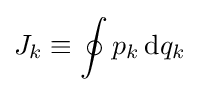
J_{k}\equiv \oint p_{k}\,\mathrm {d} q_{k}